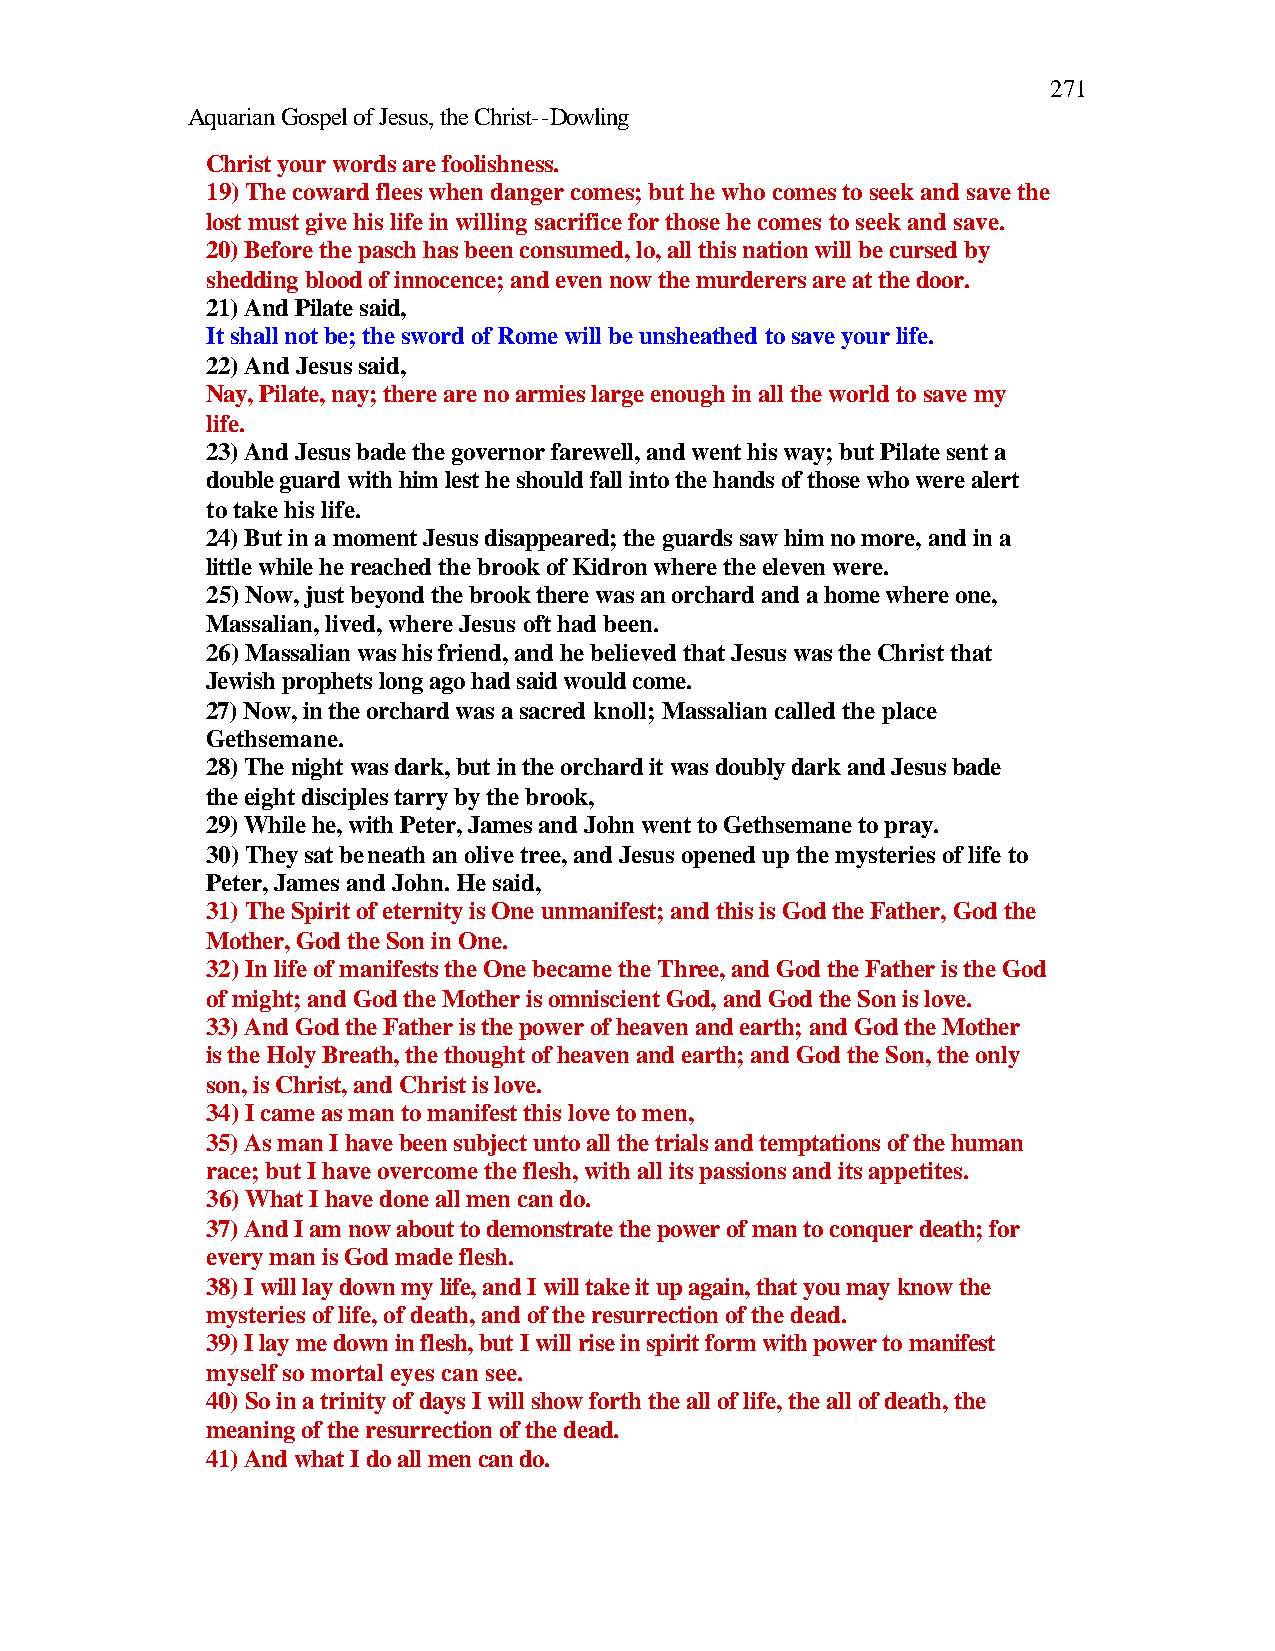
271
 Aquarian Gospel of Jesus, the Christ--Dowling
 Christ your words are foolishness.
 19) The coward flees when danger comes; but he who comes to seek and save the
 lost must give his life in willing sacrifice for those he comes to seek and save.
 20) Before the pasch has been consumed, lo, all this nation will be cursed by
 shedding blood of innocence; and even now the murderers are at the door.
 21) And Pilate said,
 It shall not be; the sword of Rome will be unsheathed to save your life.
 22) And Jesus said,
 Nay, Pilate, nay; there are no armies large enough in all the world to save my
 life.
 23) And Jesus bade the governor farewell, and went his way; but Pilate sent a
 double guard with him lest he should fall into the hands of those who were alert
 to take his life.
 24) But in a moment Jesus disappeared; the guards saw him no more, and in a
 little while he reached the brook of Kidron where the eleven were.
 25) Now, just beyond the brook there was an orchard and a home where one,
 Massalian, lived, where Jesus oft had been.
 26) Massalian was his friend, and he believed that Jesus was the Christ that
 Jewish prophets long ago had said would come.
 27) Now, in the orchard was a sacred knoll; Massalian called the place
 Gethsemane.
 28) The night was dark, but in the orchard it was doubly dark and Jesus bade
 the eight disciples tarry by the brook,
 29) While he, with Peter, James and John went to Gethsemane to pray.
 30) They sat beneath an olive tree, and Jesus opened up the mysteries of life to
 Peter, James and John. He said,
 31) The Spirit of eternity is One unmanifest; and this is God the Father, God the
 Mother, God the Son in One.
 32) In life of manifests the One became the Three, and God the Father is the God
 of might; and God the Mother is omniscient God, and God the Son is love.
 33) And God the Father is the power of heaven and earth; and God the Mother
 is the Holy Breath, the thought of heaven and earth; and God the Son, the only
 son, is Christ, and Christ is love.
 34) I came as man to manifest this love to men,
 35) As man I have been subject unto all the trials and temptations of the human
 race; but I have overcome the flesh, with all its passions and its appetites.
 36) What I have done all men can do.
 37) And I am now about to demonstrate the power of man to conquer death; for
 every man is God made flesh.
 38) I will lay down my life, and I will take it up again, that you may know the
 mysteries of life, of death, and of the resurrection of the dead.
 39) I lay me down in flesh, but I will rise in spirit form with power to manifest
 myself so mortal eyes can see.
 40) So in a trinity of days I will show forth the all of life, the all of death, the
 meaning of the resurrection of the dead.
 41) And what I do all men can do.